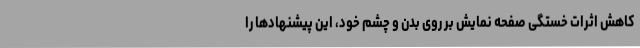
کاهش اثرات خستگی صفحه نمایش بر روی بدن و چشم خود، این پیشنهادها را